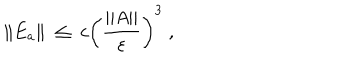
\| E _ { a } \| \; \leq \; c \left( \frac { \| A \| } { \varepsilon } \right) ^ { 3 } \; ,